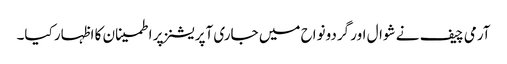
آرمی چیف نے شوال اور گردونواح میں جاری آپریشنز پر اطمینان کا اظہار کیا۔